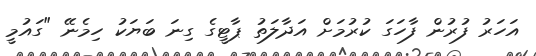
އަހަރު ފުރުން ފާހަގަ ކުރުމަށް އަދާލަތު ޕާޓީގެ ގިނަ ބަޔަކު ހިމެނޭ "ގައުމީ